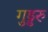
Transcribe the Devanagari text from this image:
गुड्डरु